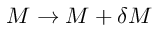
M \to M + \delta M